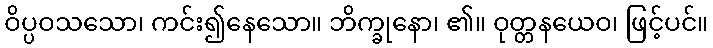
ဝိပ္ပဝသသော၊ ကင်း၍နေသော။ ဘိက္ခုနော၊ ၏။ ဝုတ္တနယေဝ၊ ဖြင့်ပင်။